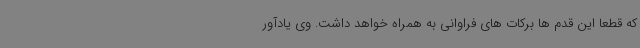
که قطعا این قدم ها برکات های فراوانی به همراه خواهد داشت. وی یادآور